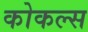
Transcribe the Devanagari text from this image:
कोकल्स